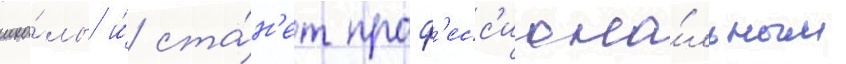
шко́лы и́ ста́н'ет проф'есс'иона́льным